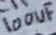
Text: 100uF